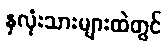
နှလုံးသားများထဲတွင်